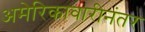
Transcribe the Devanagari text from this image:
अमेरिकावारीनंतर